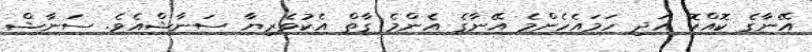
އޭނާގެ ކޮއްކޮ އަދި ހަމައެހެންމެ އޭނާގެ އެންމެ ގާތް އެކުވެރިޔާ ސަނާޝްއެވެ. ސަނާޝް